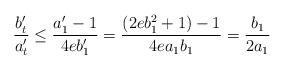
LaTeX: \begin{align*}\frac{b'_t}{a'_t} \le\frac{a'_1-1}{4eb'_1}=\frac{(2eb_1^2+1)-1}{4ea_1b_1}= \frac{b_1}{2a_1} \end{align*}